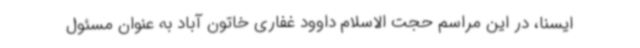
ایسنا، در این مراسم حجت الاسلام داوود غفاری خاتون آباد به عنوان مسئول